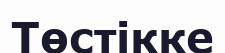
Төстікке